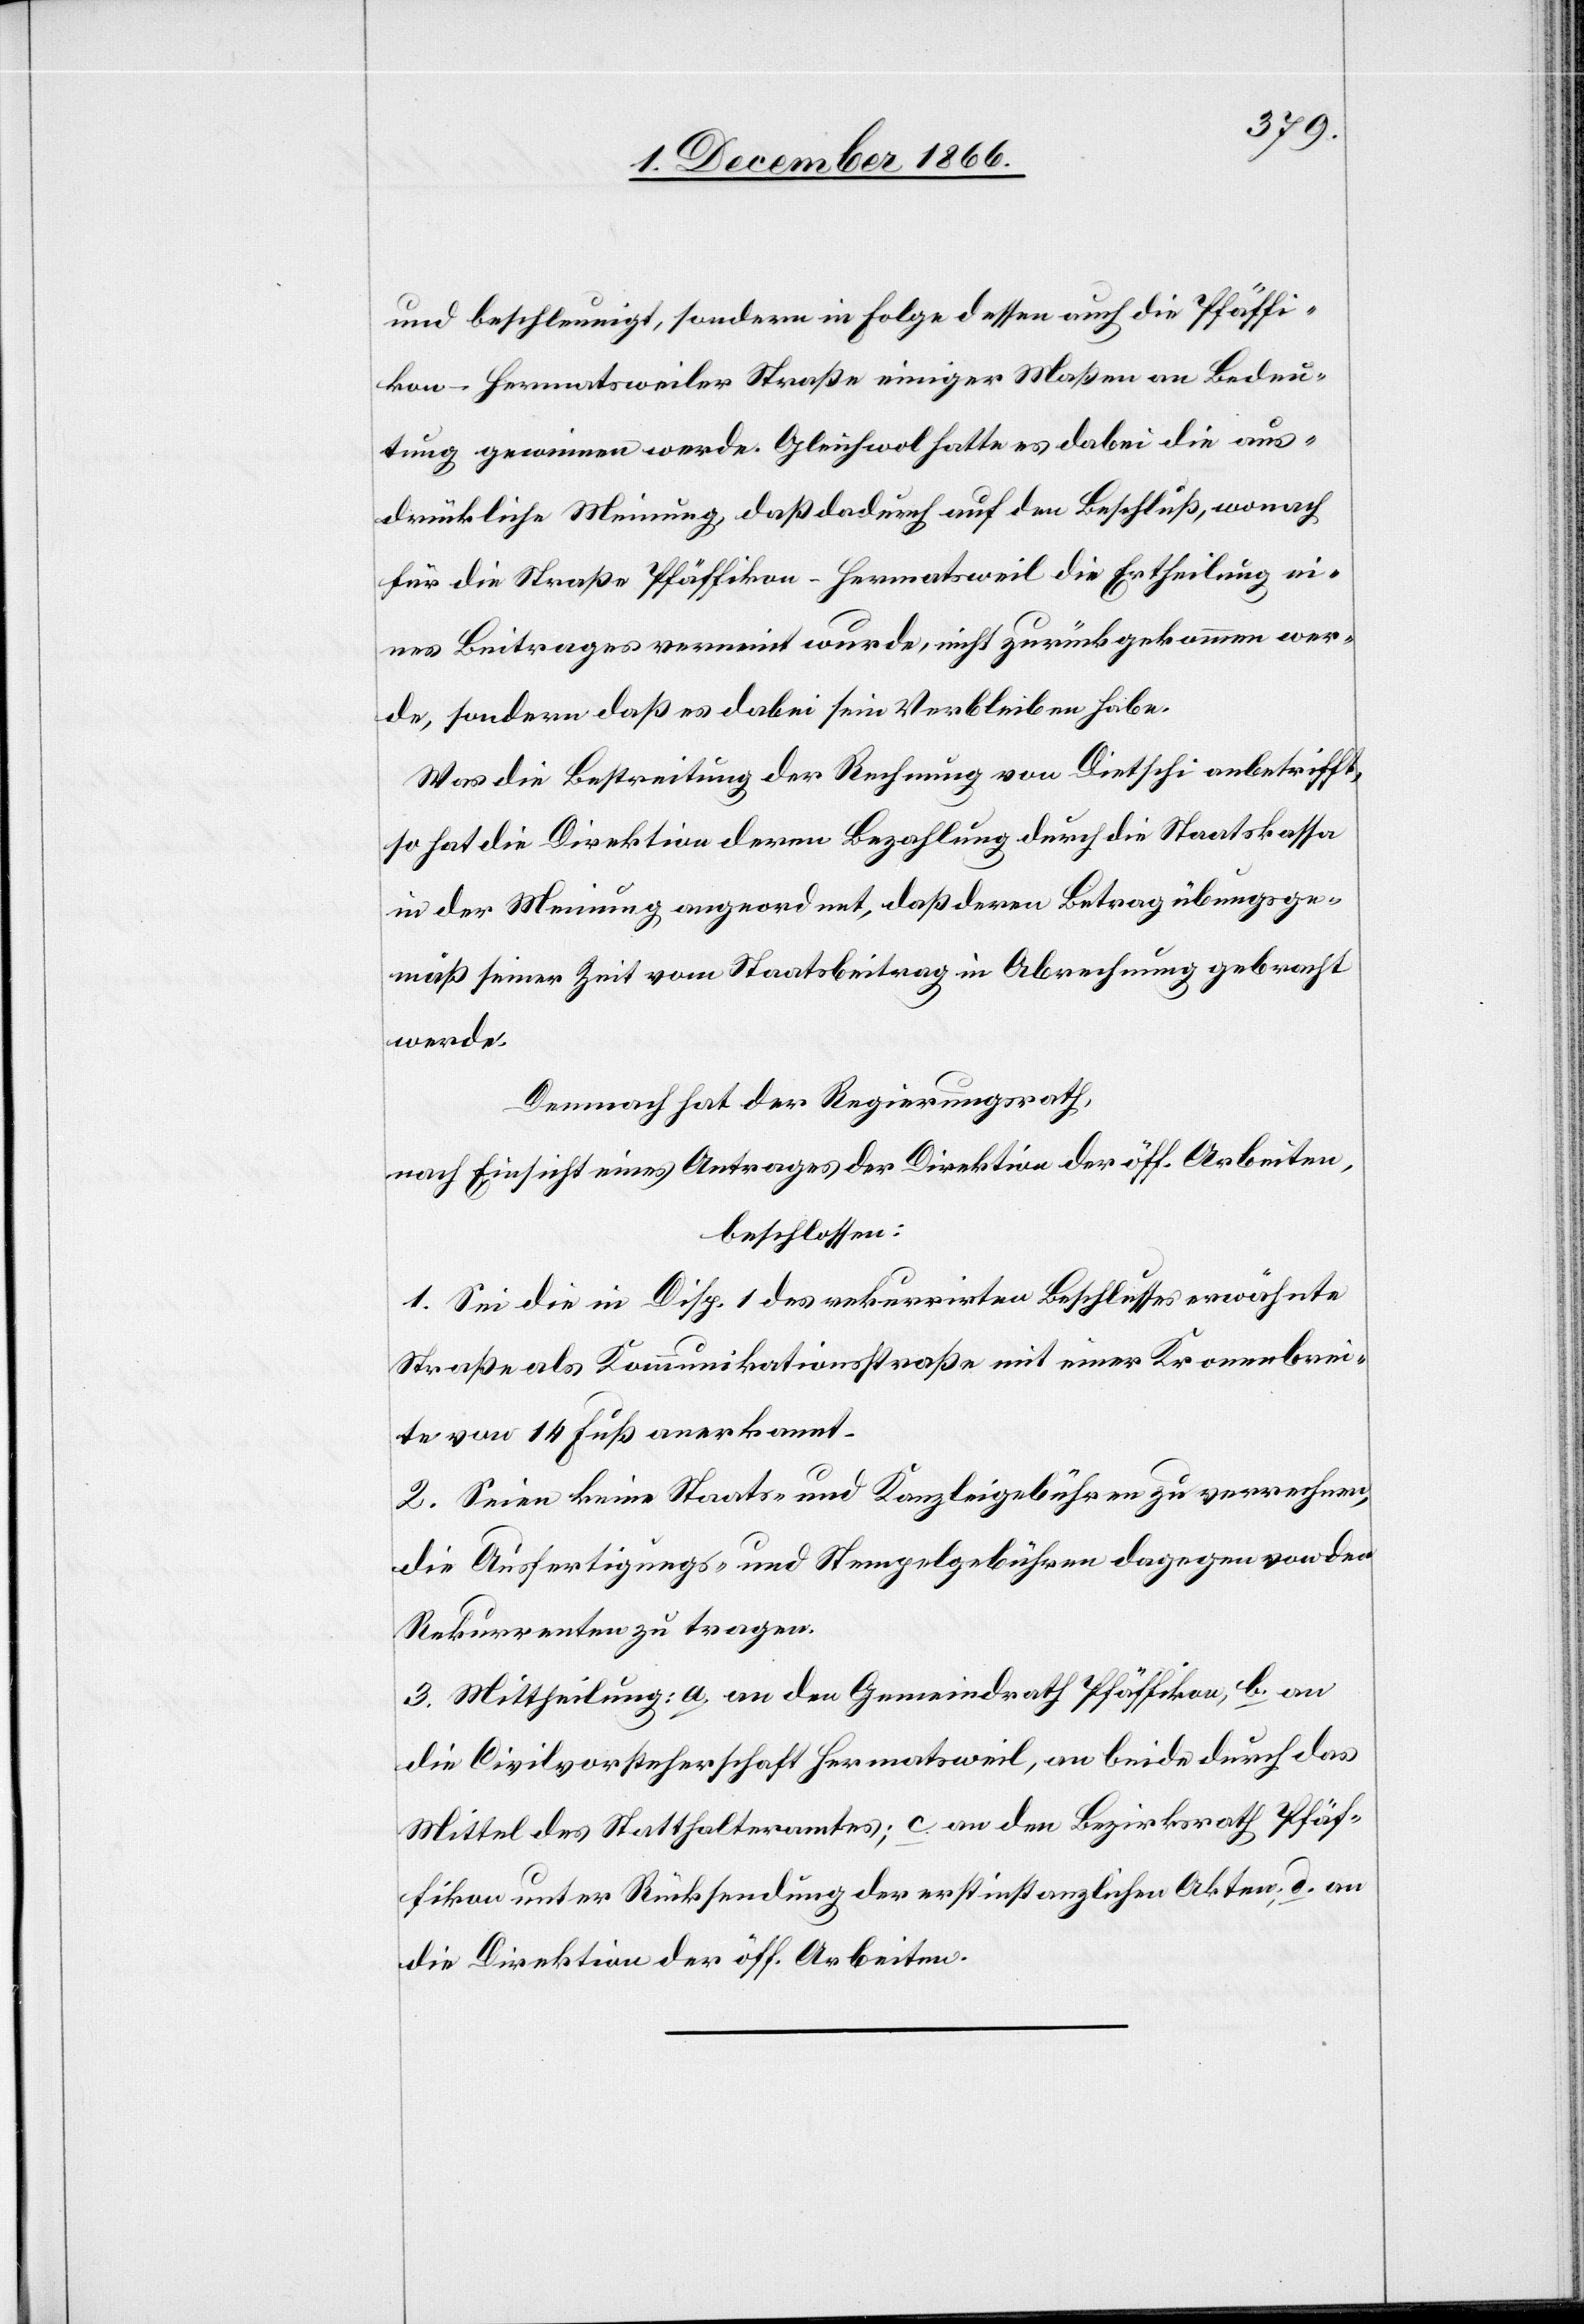
und beschleunigt, sondern in Folge dessen auch die Pfäffi¬
kon–Hermatsweiler Straße einiger Maßen an Bedeu¬
tung gewinnen werde. Gleichwol hatte es dabei die aus¬
drückliche Meinung, daß dadurch auf den Beschluß, wonach
für die Straße Pfäffikon–Hermatsweil die Ertheilung ei¬
nes Beitrages verneint wurde, nicht zurückgekommen wer¬
de, sondern daß es dabei sein Verbleiben habe.
Was die Bestreitung der Rechnung von Dietschi anbetrifft,
so hat die Direktion deren Bezahlung durch die Staatskasse
in der Meinung angeordnet, daß deren Betrag übungsge¬
mäß seiner Zeit vom Staatsbeitrag in Abrechnung gebracht
werde.
Demnach hat der Regierungsrath,
nach Einsicht eines Antrages der Direktion der öff. Arbeiten,
beschlossen:
1. Sei die in Disp. 1 des rekurrirten Beschlusses erwähnte
Straße als Kommunikationsstraße mit einer Kronenbrei¬
te von 14 Fuß anerkannt.
2. Seien keine Staats- und Kanzleigebühren zu verrechnen,
die Ausfertigungs- und Stempelgebühren dagegen von den
Rekurrenten zu tragen.
3. Mittheilung: a. an den Gemeindrath Pfäffikon, b. an
die Civilvorsteherschaft Hermatsweil, an beide durch das
Mittel des Statthalteramtes; c. an den Bezirksrath Pfäf¬
fikon unter Rücksendung der erstinstanzlichen Akten; d. an
die Direktion der öff. Arbeiten.